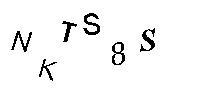
NKTS8S